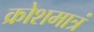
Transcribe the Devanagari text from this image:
क्रोशमात्रं